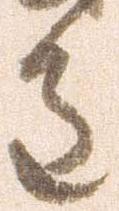
重